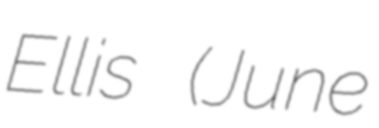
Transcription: Ellis (June